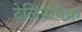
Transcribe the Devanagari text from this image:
टेलिपेथिक